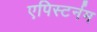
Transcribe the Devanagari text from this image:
एपिस्टर्नम